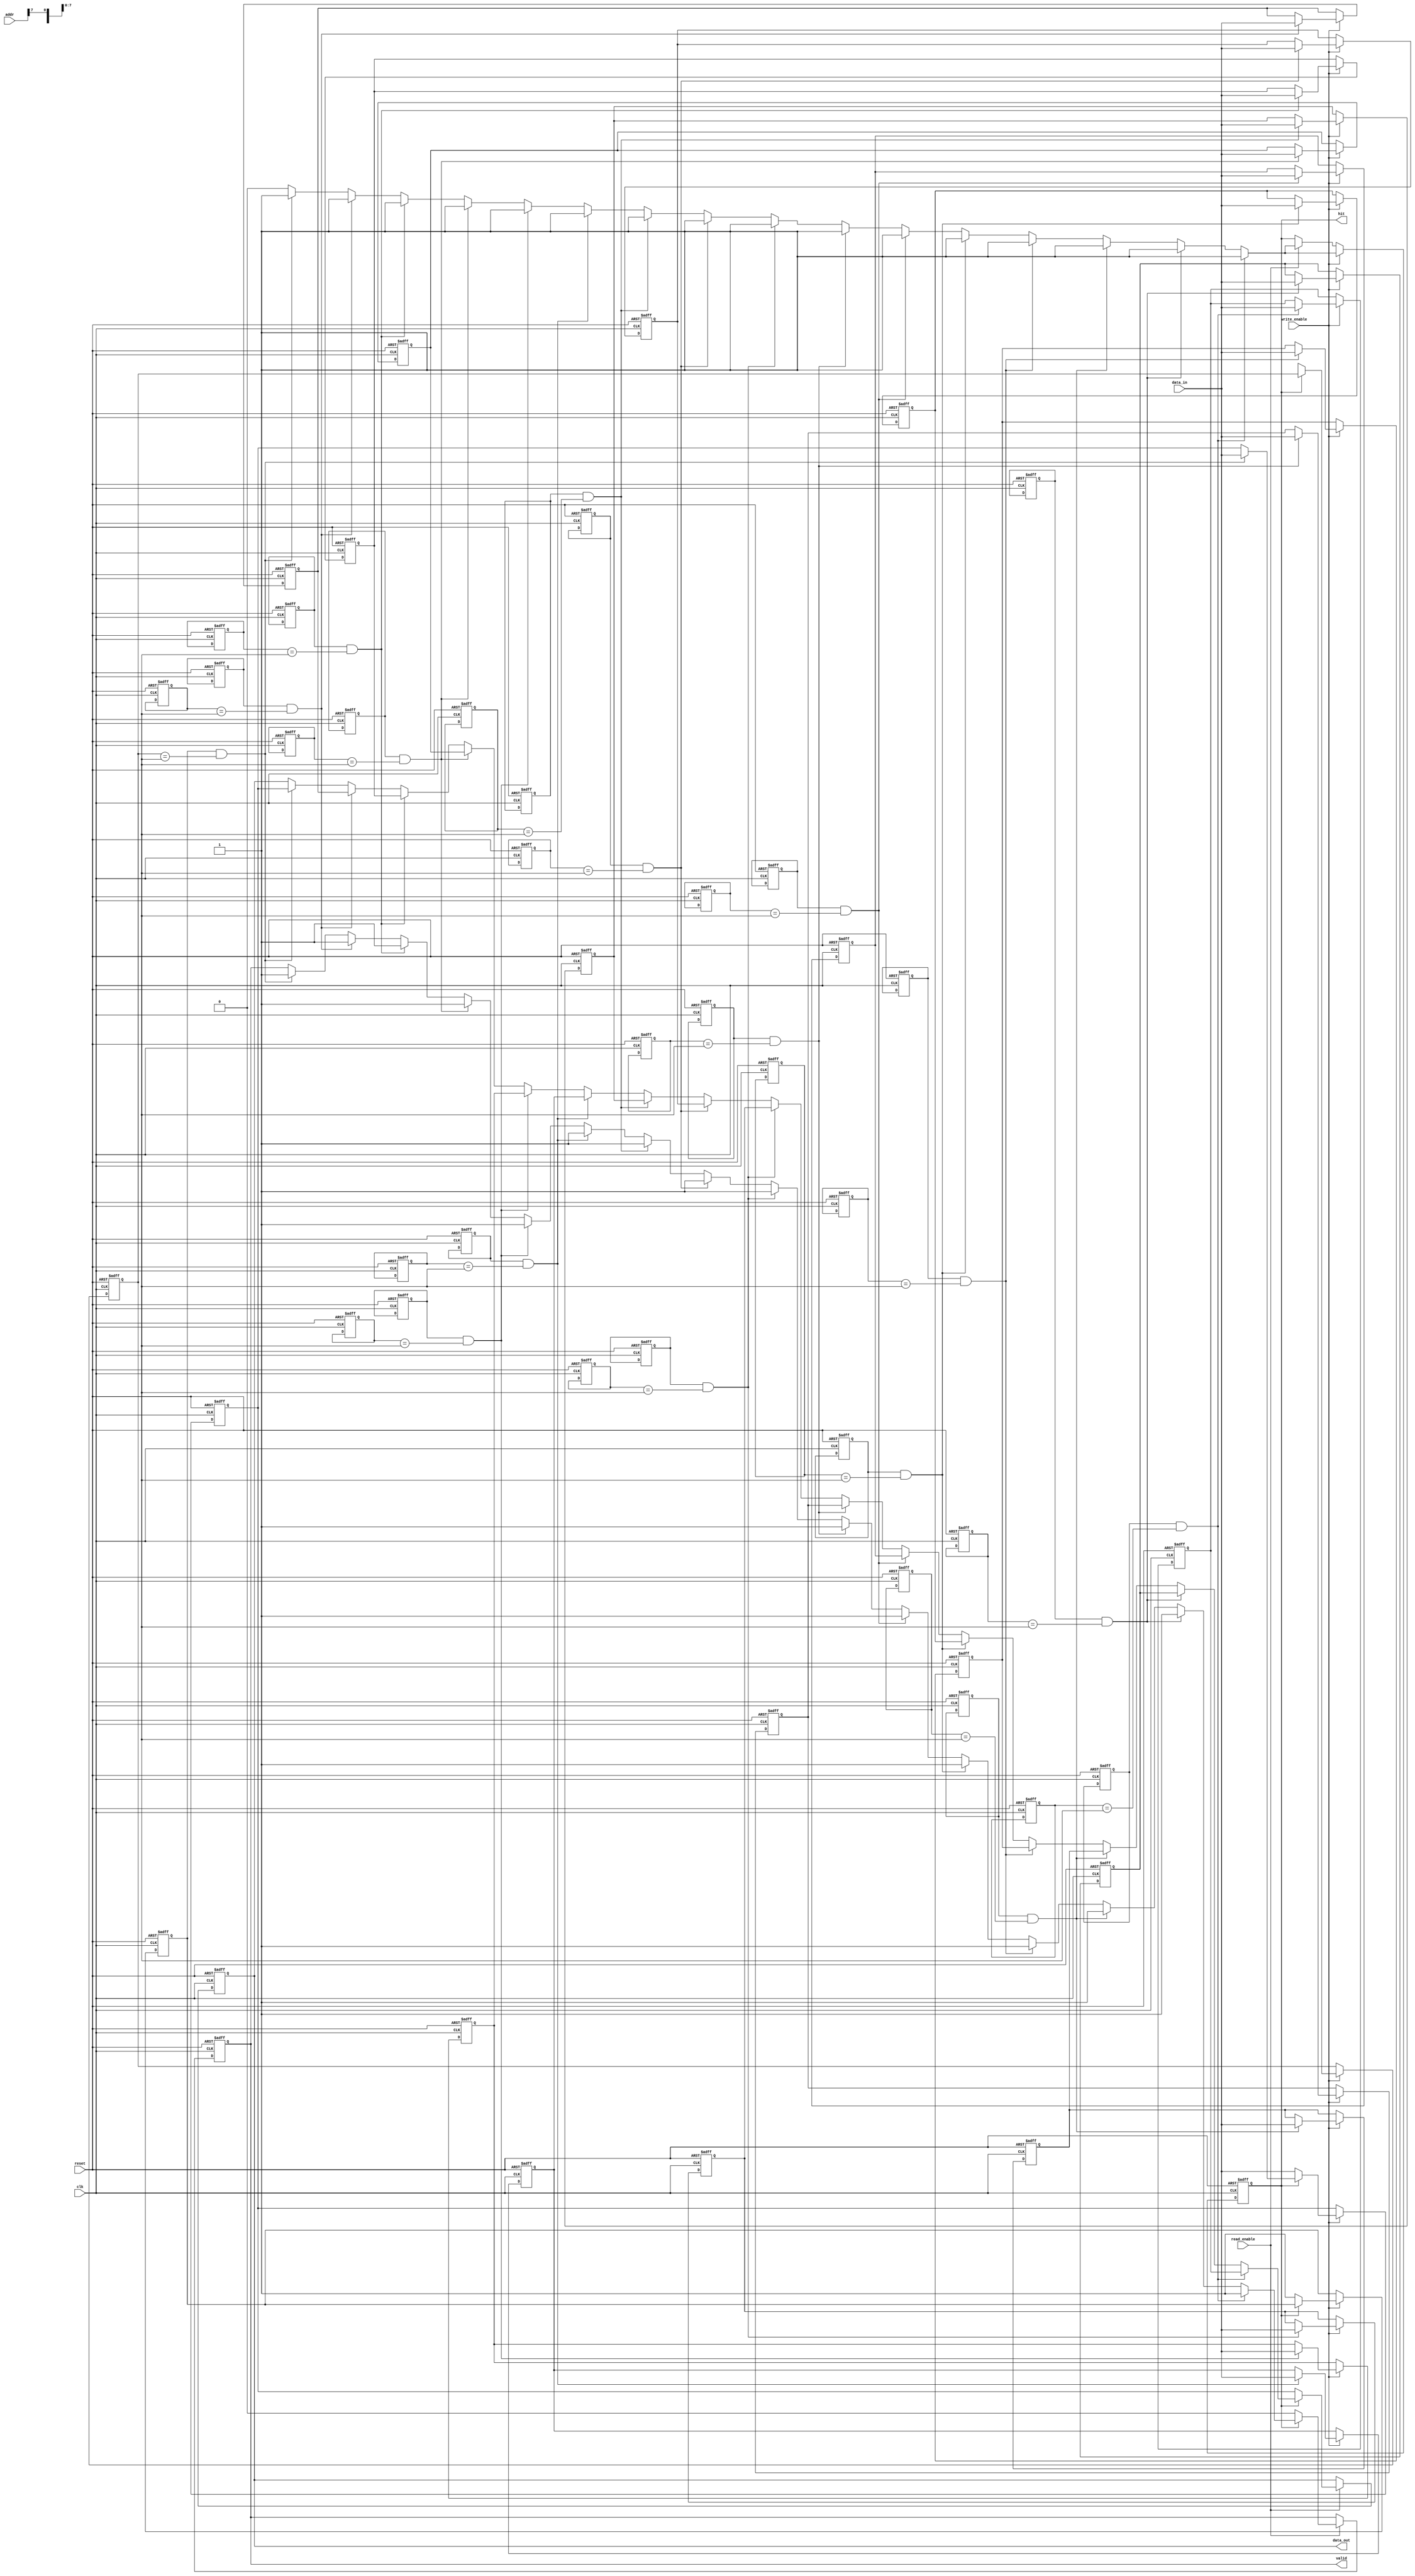
module NonVolatileCache #(
    parameter CACHE_SIZE = 16,          // Number of cache lines
    parameter LINE_SIZE = 32,           // Number of bytes per line
    parameter ADDR_WIDTH = 8,            // Address width
    parameter DATA_WIDTH = 32            // Data width
)(
    input wire clk,
    input wire reset,
    input wire [ADDR_WIDTH-1:0] addr,   // Address for read/write
    input wire [DATA_WIDTH-1:0] data_in, // Data input for write
    input wire read_enable,               // Read enable signal
    input wire write_enable,              // Write enable signal
    output reg [DATA_WIDTH-1:0] data_out, // Data output for read
    output reg hit,                       // Cache hit signal
    output reg valid                      // Valid signal for data
);

    // Cache line structure
    reg [DATA_WIDTH-1:0] cache_data [0:CACHE_SIZE-1]; // Cache data storage
    reg [ADDR_WIDTH-1:0] cache_tag [0:CACHE_SIZE-1];  // Cache tags
    reg valid_bit [0:CACHE_SIZE-1];                    // Valid bits
    reg dirty_bit [0:CACHE_SIZE-1];                    // Dirty bits

    integer i;

    // Cache initialization
    always @(posedge clk or posedge reset) begin
        if (reset) begin
            for (i = 0; i < CACHE_SIZE; i = i + 1) begin
                valid_bit[i] <= 0;
                dirty_bit[i] <= 0;
                cache_data[i] <= 0;
                cache_tag[i] <= 0;
            end
            hit <= 0;
            valid <= 0;
            data_out <= 0;
        end else begin
            // Cache read operation
            if (read_enable) begin
                hit <= 0;
                for (i = 0; i < CACHE_SIZE; i = i + 1) begin
                    if (valid_bit[i] && (cache_tag[i] == addr[ADDR_WIDTH-1:LINE_SIZE])) begin
                        data_out <= cache_data[i];
                        hit <= 1;
                        valid <= 1;
                    end
                end
                if (!hit) begin
                    // Cache miss: Fetch data from main memory (not implemented here)
                    // Assume data fetched and stored in cache_data[0] for simplicity
                    data_out <= cache_data[0]; // Placeholder for fetched data
                    valid <= 0; // Data is not valid until fetched
                end
            end

            // Cache write operation
            if (write_enable) begin
                hit <= 0;
                for (i = 0; i < CACHE_SIZE; i = i + 1) begin
                    if (valid_bit[i] && (cache_tag[i] == addr[ADDR_WIDTH-1:LINE_SIZE])) begin
                        cache_data[i] <= data_in;
                        dirty_bit[i] <= 1; // Mark as dirty
                        hit <= 1;
                    end
                end
                if (!hit) begin
                    // Cache miss: Store data in cache (simple replacement policy)
                    cache_data[0] <= data_in; // Placeholder for cache line replacement
                    cache_tag[0] <= addr[ADDR_WIDTH-1:LINE_SIZE];
                    valid_bit[0] <= 1;
                    dirty_bit[0] <= 1; // Mark as dirty
                end
            end
        end
    end
endmodule